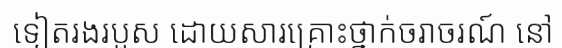
ទៀតរងរបួស ដោយសារគ្រោះថ្នាក់ចរាចរណ៍ នៅ